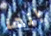
إنها